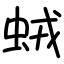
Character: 𧊕